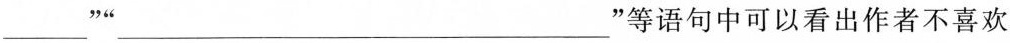
___”"___等语句中可以看出作者不喜欢